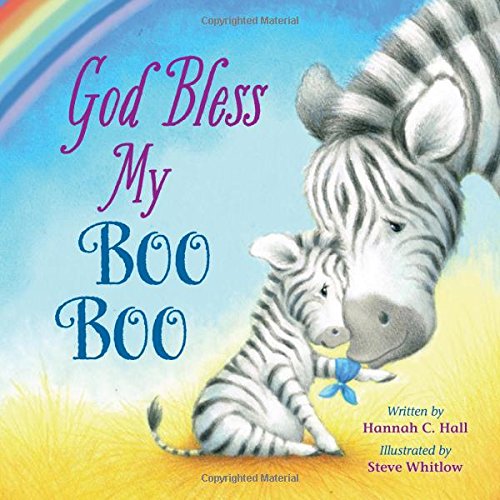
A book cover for God Bless My Boo Boo; Hannah Hall; Children's Books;